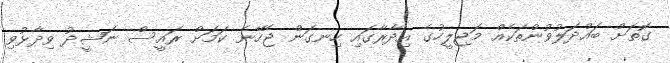
ގޮތަށް ބައްދަލުވުންތަކެއް މަޖިލީހުގެ އިދާރާގައި ހިނގަން ޖެހޭނެ ކަމަށް ރައީސް ނަޝީދު ވިދާޅުވި